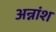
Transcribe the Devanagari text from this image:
अन्नांश